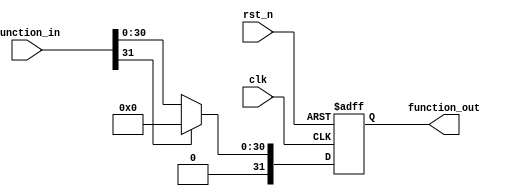
module rect_linear#(
    parameter FEATURE_WIDTH = 32  
)(
    input wire                                       clk,
    input wire                                       rst_n,
    input wire  [FEATURE_WIDTH - 1:0]                function_in,
    output reg  [FEATURE_WIDTH - 1 :0]               function_out
    );
always @(posedge clk or negedge rst_n)
    begin
        if(!rst_n)
            function_out <= 0;
        else if(function_in[FEATURE_WIDTH- 1] == 1'b1)
            function_out <= 0;
        else 
            function_out <=  function_in;
    end
endmodule